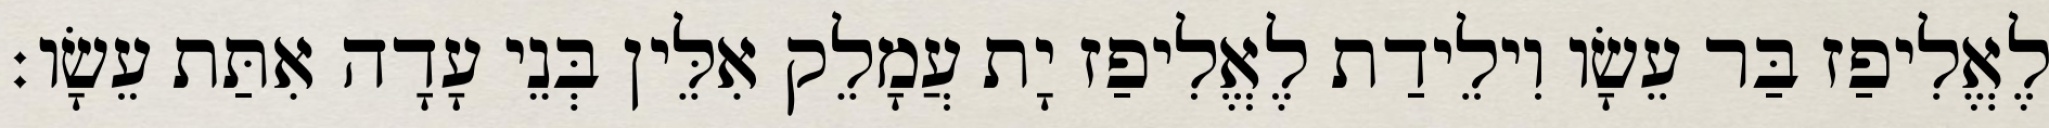
לֶאֱלִיפַז בַּר עֵשָׂו וִילֵידַת לֶאֱלִיפַז יָת עֲמָלֵק אִלֵּין בְּנֵי עָדָה אִתַּת עֵשָׂו׃